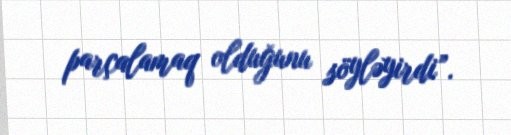
parçalamaq olduğunu söyləyirdi”.